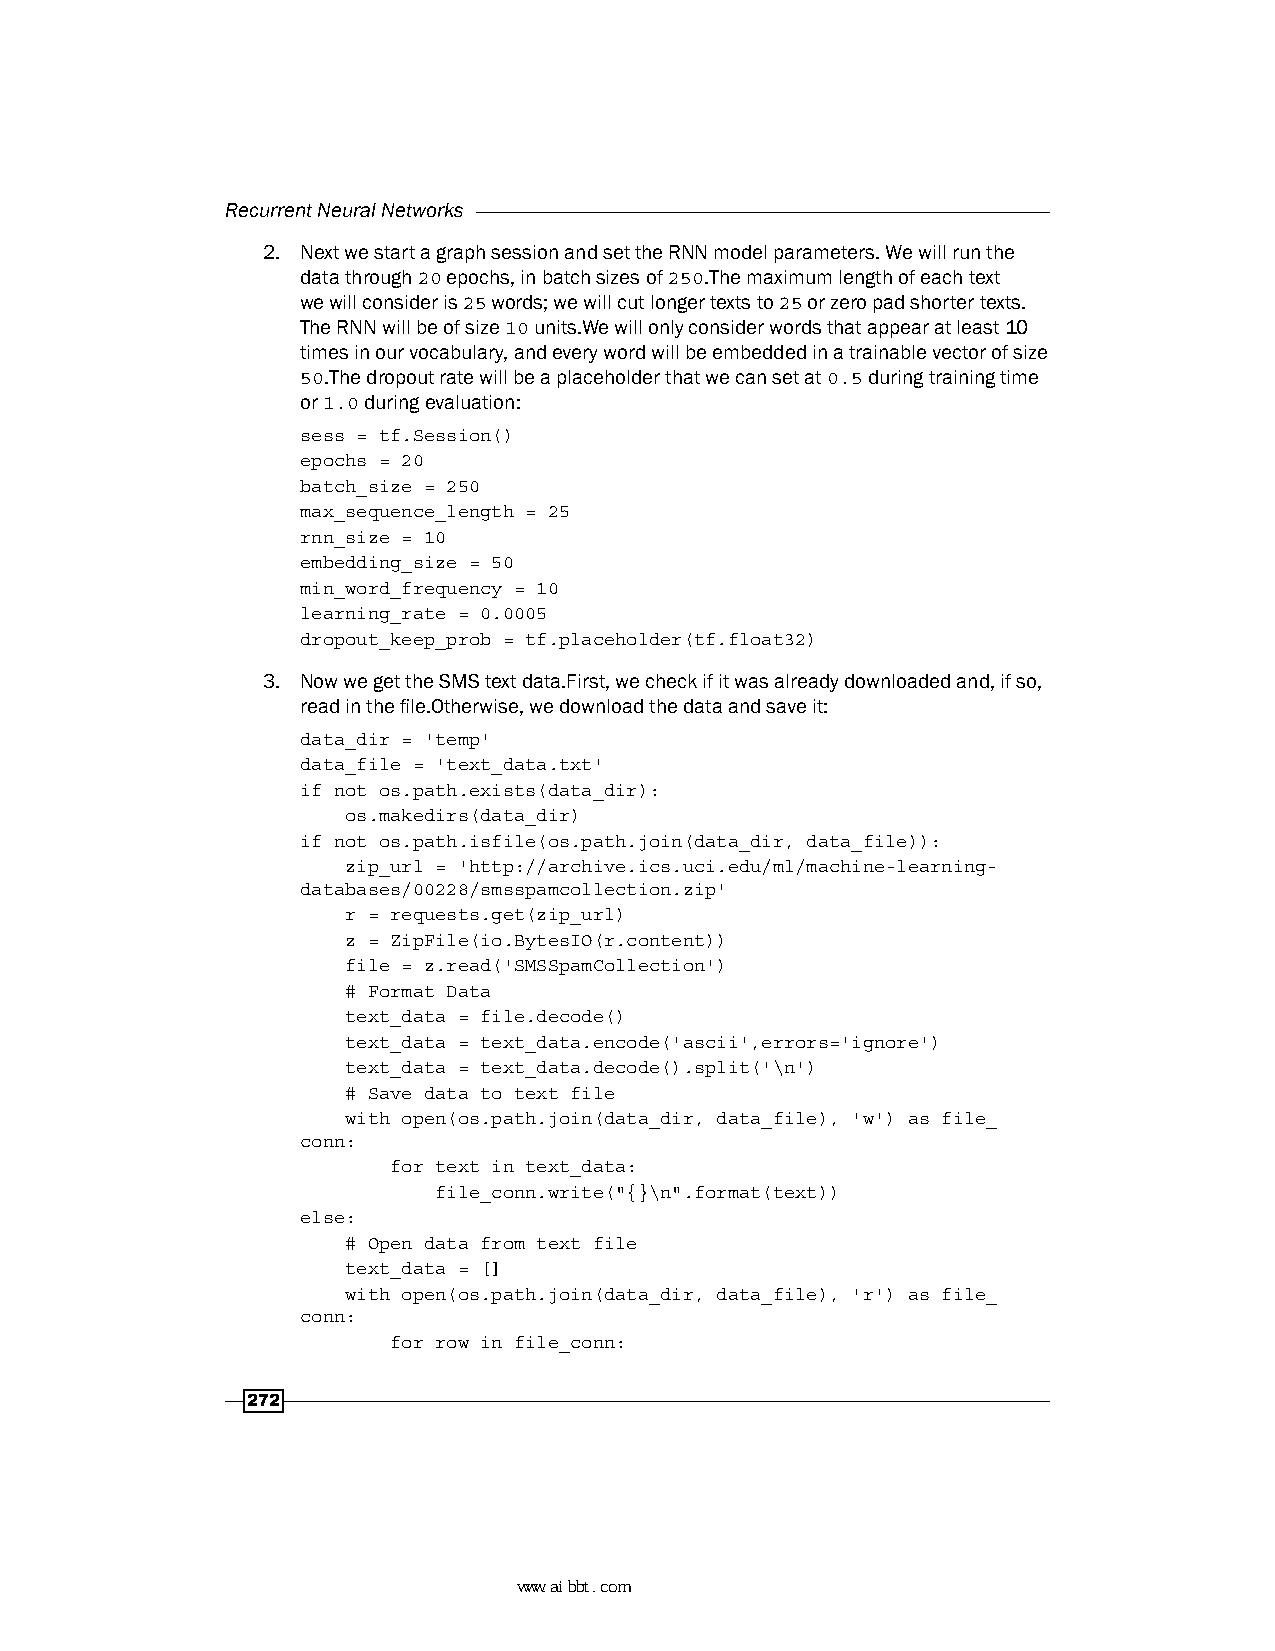
Recurrent Neural Networks
 2. Next we start a graph session and set the RNN model parameters. We will run the
 data through 20 epochs, in batch sizes of 250.The maximum length of each text
 we will consider is 25 words; we will cut longer texts to 25 or zero pad shorter texts.
 The RNN will be of size 10 units.We will only consider words that appear at least 10
 times in our vocabulary, and every word will be embedded in a trainable vector of size
 50.The dropout rate will be a placeholder that we can set at 0.5 during training time
 or 1.0 during evaluation:
 sess = tf.Session()
 epochs = 20
 batch_size = 250
 max_sequence_length = 25
 rnn_size = 10
 embedding_size = 50
 min_word_frequency = 10
 learning_rate = 0.0005
 dropout_keep_prob = tf.placeholder(tf.float32)
 3. Now we get the SMS text data.First, we check if it was already downloaded and, if so,
 read in the file.Otherwise, we download the data and save it:
 data_dir = 'temp'
 data_file = 'text_data.txt'
 if not os.path.exists(data_dir):
 os.makedirs(data_dir)
 if not os.path.isfile(os.path.join(data_dir, data_file)):
 zip_url = 'http://archive.ics.uci.edu/ml/machine-learning-
 databases/00228/smsspamcollection.zip'
 r = requests.get(zip_url)
 z = ZipFile(io.BytesIO(r.content))
 file = z.read('SMSSpamCollection')
 # Format Data
 text_data = file.decode()
 text_data = text_data.encode('ascii',errors='ignore')
 text_data = text_data.decode().split('\n')
 # Save data to text file
 with open(os.path.join(data_dir, data_file), 'w') as file_
 conn:
 for text in text_data:
 file_conn.write("{}\n".format(text))
 else:
 # Open data from text file
 text_data = []
 with open(os.path.join(data_dir, data_file), 'r') as file_
 conn:
 for row in file_conn:
 272
 www.aibbt.com 让未来触手可及